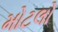
મોટલો